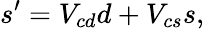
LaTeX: s^{\prime}=V_{cd}d+V_{cs}s,